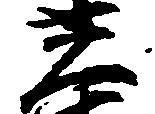
光